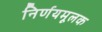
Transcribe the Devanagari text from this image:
निर्णयमूलक